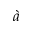
\grave { a }